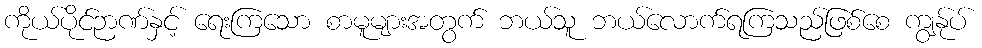
ကိုယ်ပိုင်ဉာဏ်နှင့် ရေးကြသော စာမူများအတွက် ဘယ်သူ ဘယ်လောက်ရကြသည်ဖြစ်စေ ကျွန်ုပ်